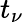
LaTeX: t_{\nu}